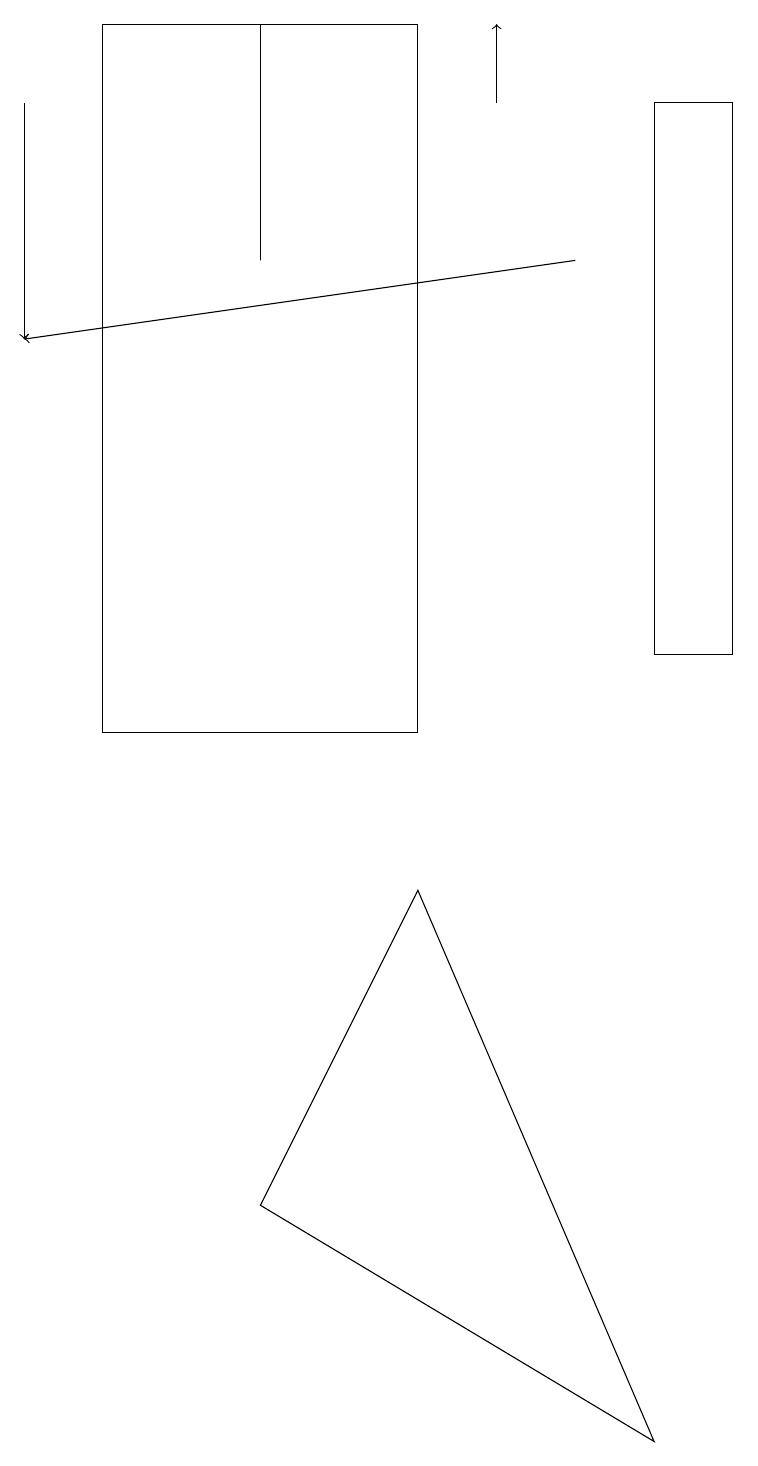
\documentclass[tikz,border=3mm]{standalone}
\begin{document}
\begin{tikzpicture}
\draw (1,19) rectangle (5,10);
\draw[->] (6,18) -- (6,19);
\draw[->] (0,18) -- (0,15);
\draw (9,18) rectangle (8,11);
\draw[->] (7,16) -- (0,15);
\draw (8,1) -- (5,8) -- (3,4) -- cycle;
\draw (3,16) rectangle (3,19);
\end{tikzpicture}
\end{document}